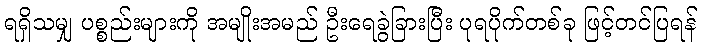
ရရှိသမျှ ပစ္စည်းများကို အမျိုးအမည် ဦးရေခွဲခြားပြီး ပုရပိုက်တစ်ခု ဖြင့်တင်ပြရန်